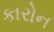
કારોન